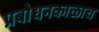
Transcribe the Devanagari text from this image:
प्रबोधनकाळाच